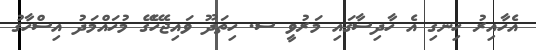
އެހާއިރު ހިނގި އެ ހާދިސާގައި މަރުވީ ސ. ހިތަދޫ ވައިޖެހޭގޭ މުހައްމަދު އިސްހާގު